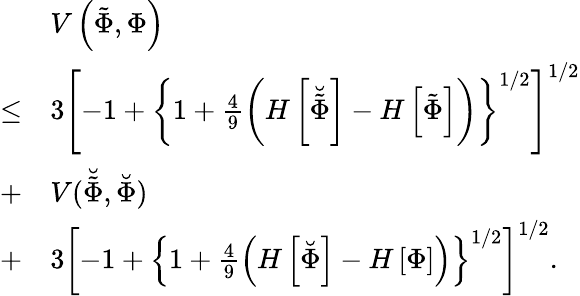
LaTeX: \begin{array}{rl}&{V\left(\tilde{\Phi},\Phi\right)}\\ {\leq}&{3\left[-1+\left\{ 1+\frac{4}{9}\left(H\left[\breve{\tilde{\Phi}}\right]-H\left[\tilde{\Phi}\right]\right)\right\} ^{1/2}\right]^{1/2}}\\ {+}&{V(\breve{\tilde{\Phi}},\breve{\Phi})}\\ {+}&{3\left[-1+\left\{ 1+\frac{4}{9}\left(H\left[\breve{\Phi}\right]-H\left[\Phi\right]\right)\right\} ^{1/2}\right]^{1/2}.}\end{array}